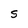
Character: S